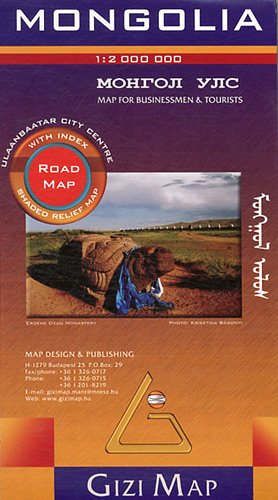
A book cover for Mongolia 1/2m Road Gizi (English, German and Russian Edition); Gizi; Travel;